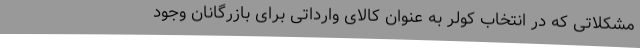
مشکلاتی که در انتخاب کولر به عنوان کالای وارداتی برای بازرگانان وجود